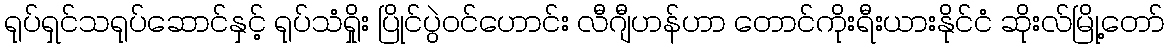
ရုပ်ရှင်သရုပ်ဆောင်နှင့် ရုပ်သံရှိုး ပြိုင်ပွဲဝင်ဟောင်း လီဂျီဟန်ဟာ တောင်ကိုးရီးယားနိုင်ငံ ဆိုးလ်မြို့တော်